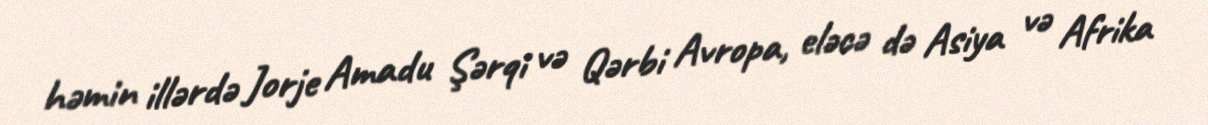
həmin illərdə Jorje Amadu Şərqi və Qərbi Avropa, eləcə də Asiya və Afrika